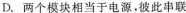
D.两个模块相当于电源，彼此串联